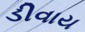
ડીવાય